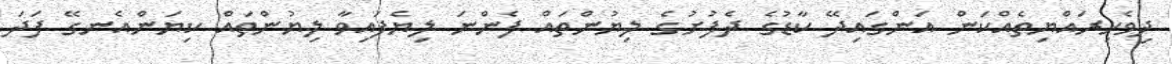
ދިވެހިރައްޔިތެއްކަން އަންގައިދޭ ކާޑުގެ ދެފުށުގެ ލިޔުންތައް ފެންނަ ލިޔެފައިވާ ލިޔުންތައް ކިޔަންއެނގޭ ފަދަ